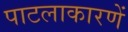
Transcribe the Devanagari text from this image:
पाटलाकारणें